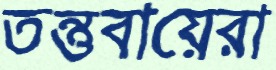
তন্তুবায়েরা